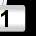
Digit: 1